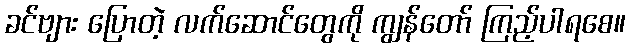
ခင်ဗျား ပြောတဲ့ လက်ဆောင်တွေကို ကျွန်တော် ကြည့်ပါရစေ။